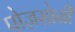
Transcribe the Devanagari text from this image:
पोज़सोनी